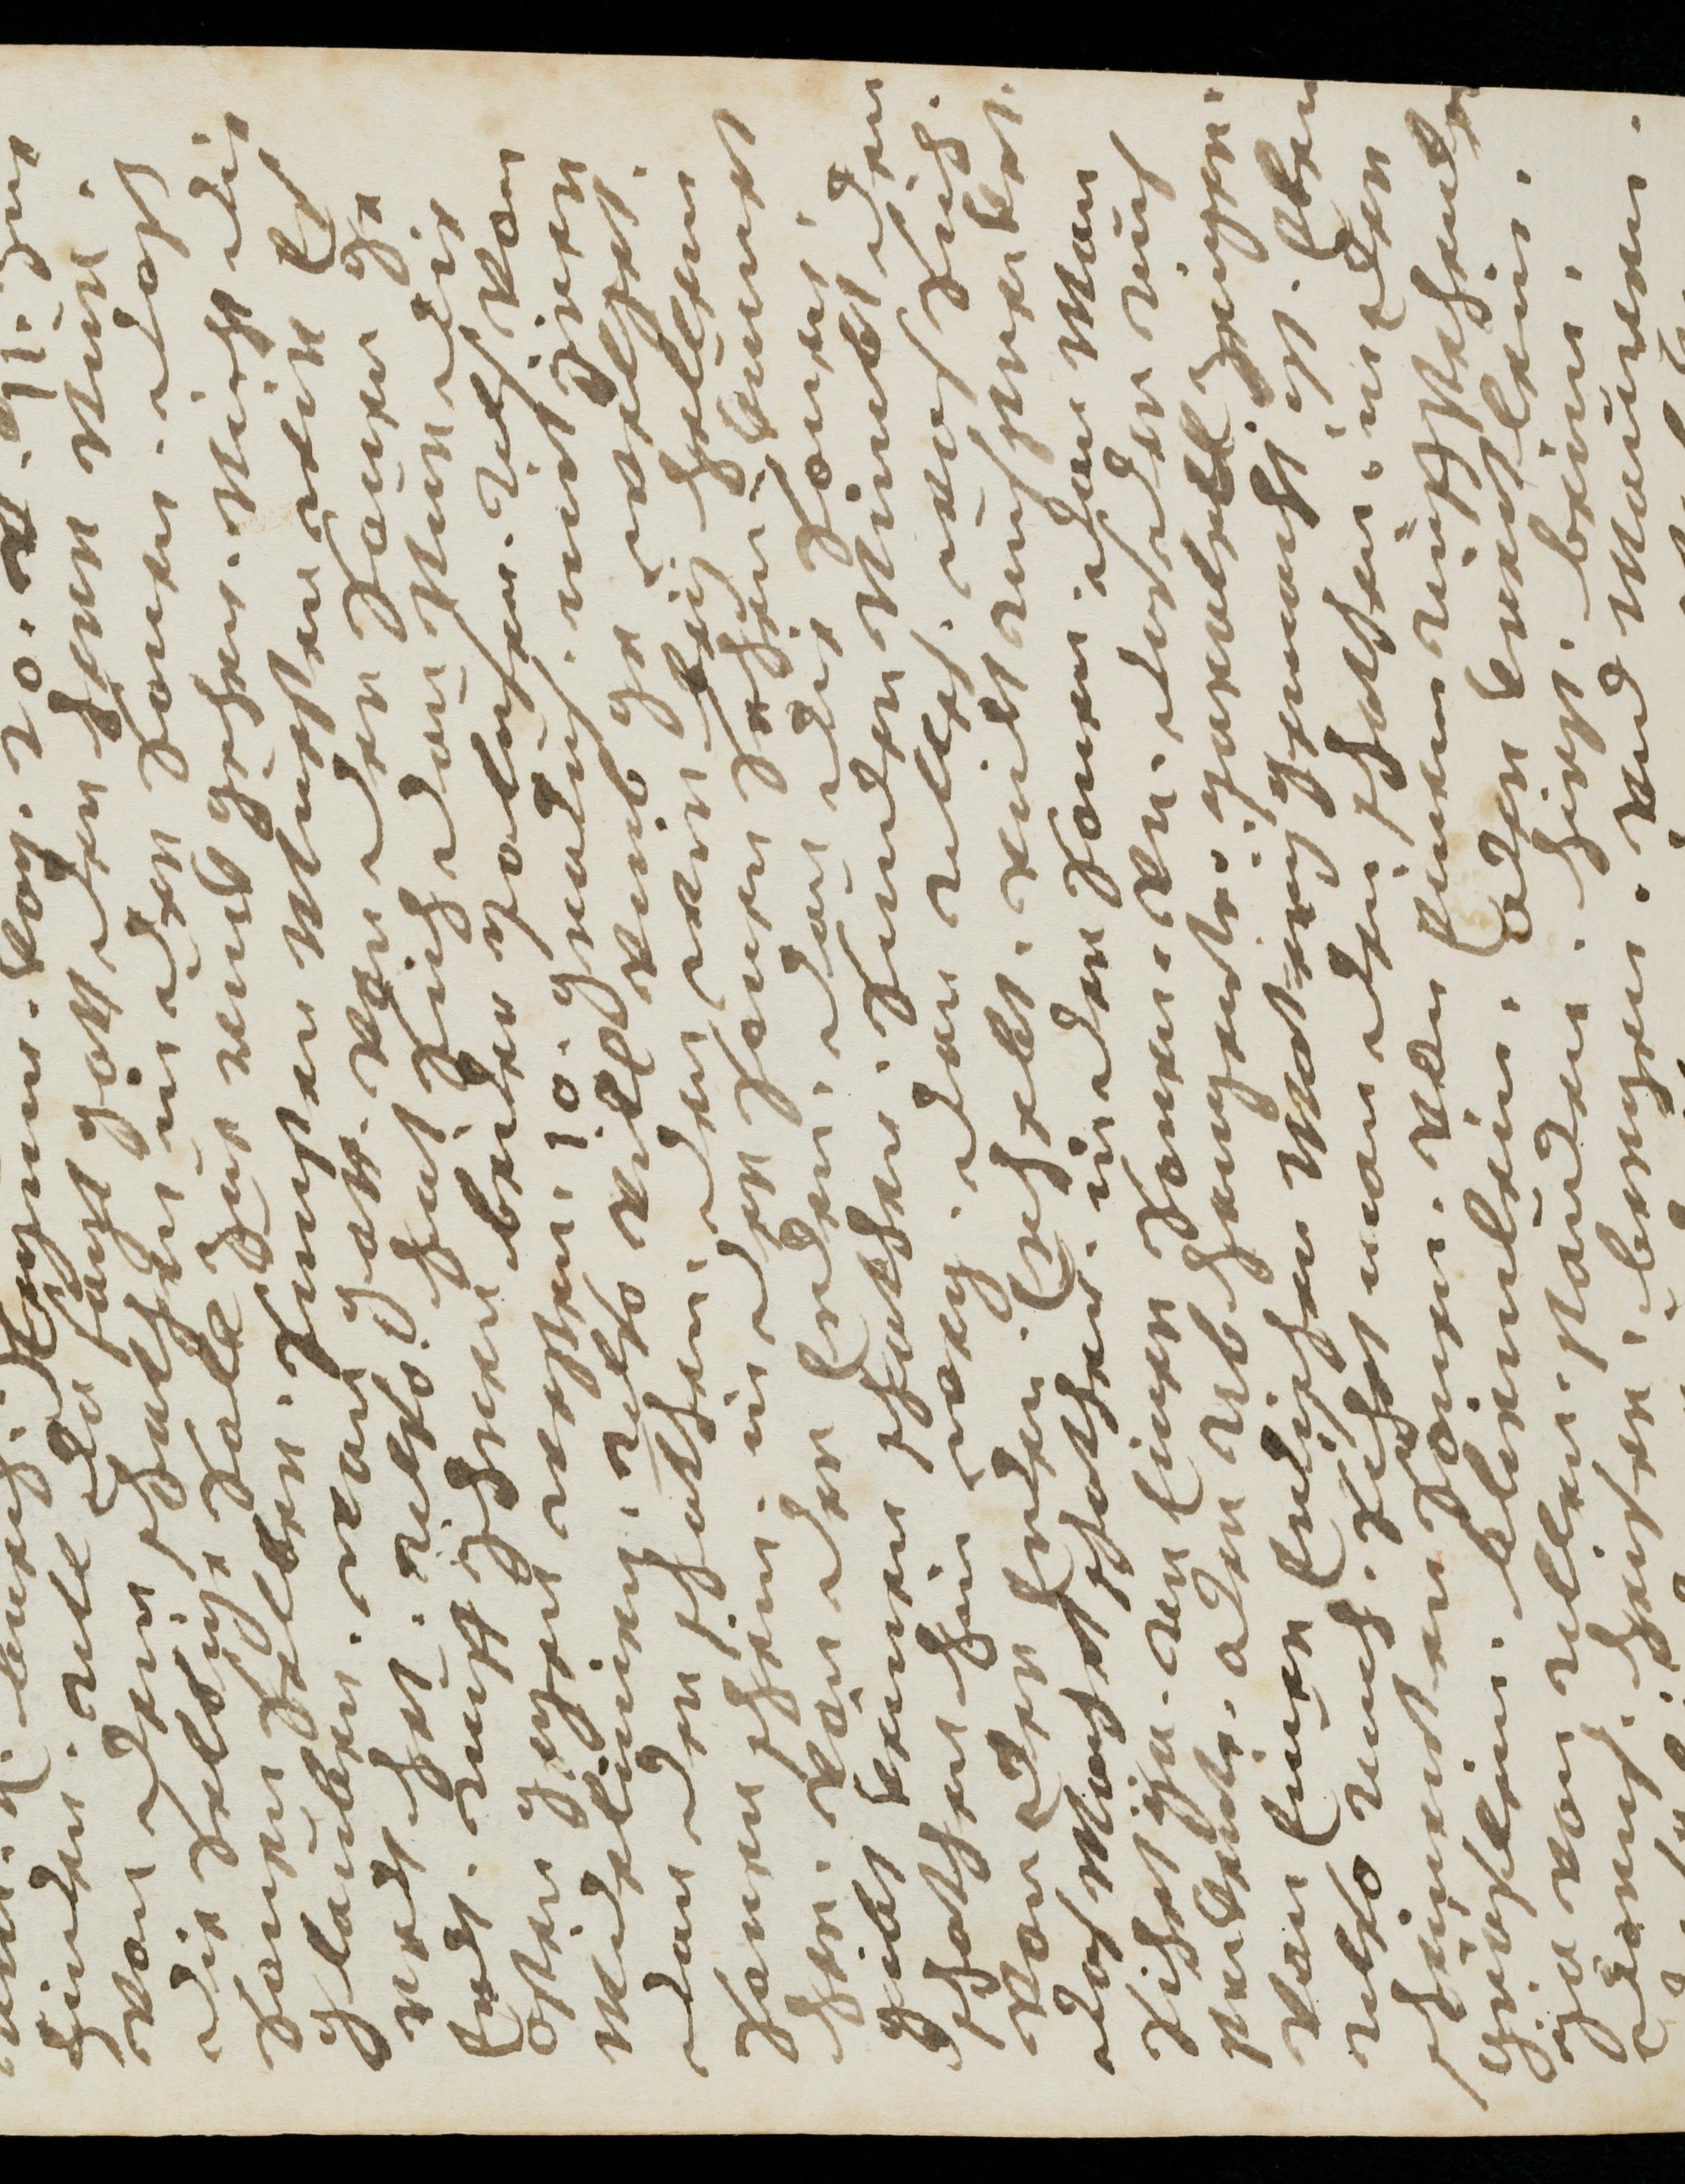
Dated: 1681–1681